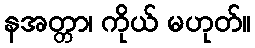
နအတ္တာ၊ ကိုယ် မဟုတ်။